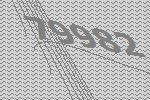
79982